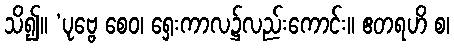
သိ၍။ ‘ပုဗ္ဗေ စေဝ၊ ရှေးကာလ၌လည်းကောင်း။ ဧတရဟိ စ၊